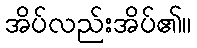
အိပ်လည်းအိပ်၏။